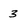
Character: 3